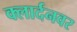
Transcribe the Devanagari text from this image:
क्लार्दनवर